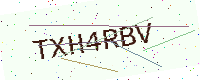
Text: TXH4RBV